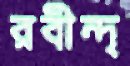
রবীন্দ্